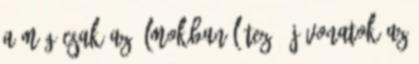
a még csak az álmokban létező új vonatok az